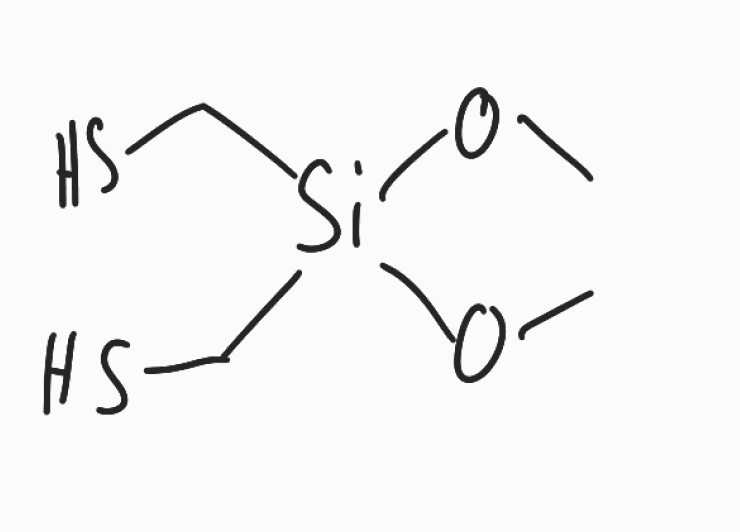
Simplified molecular-input line-entry system (SMILES) notation of the given molecule:
CO[Si](CS)(CS)OC